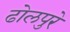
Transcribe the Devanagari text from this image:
ढोलपुरे